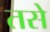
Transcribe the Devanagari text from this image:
तसेे